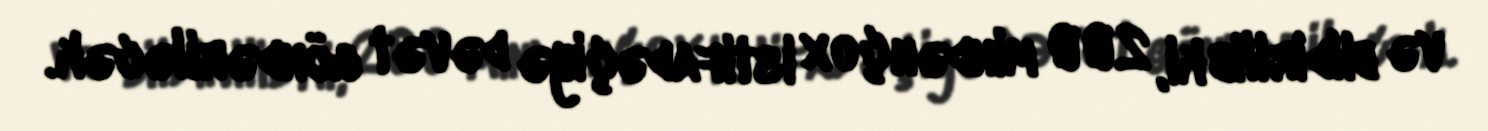
və bildirilib ki, 200 mindən çox istifadəçiyə dəvət göndəriləcək.